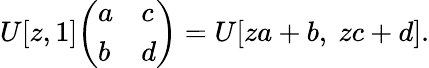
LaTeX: U[z,1]{\left(\begin{array}{ll}{a}&{c}\\ {b}&{d}\end{array}\right)}=U[za+b,\ zc+d].